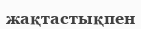
жақтастықпен